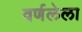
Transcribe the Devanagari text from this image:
वर्णलेला